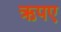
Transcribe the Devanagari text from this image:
ऋपए